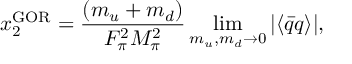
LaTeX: x _ { 2 } ^ { \mathrm { G O R } } = \frac { ( m _ { u } + m _ { d } ) } { F _ { \pi } ^ { 2 } M _ { \pi } ^ { 2 } } \operatorname * { l i m } _ { m _ { u } , m _ { d } \to 0 } | \langle \bar { q } q \rangle | ,